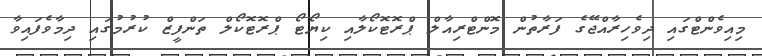
މިއިވެންޓްގައި ދިވެހިރާއްޖޭގެ ފަރާތުން މޮންޓްރިއާލް ޕްރޮޓޮކޯލާއި ކިޔޯޓޯ ޕްރޮޓޮކޯލް ތަންފީޒް ކުރުމުގައި ދިމާވެފައިވާ